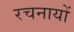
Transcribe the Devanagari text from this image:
रचनायों